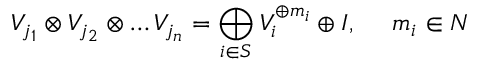
V _ { j _ { 1 } } \otimes V _ { j _ { 2 } } \otimes \ldots V _ { j _ { n } } = \bigoplus _ { i \in { \cal S } } V _ { i } ^ { \oplus m _ { i } } \oplus I , \ \ \ \ m _ { i } \in N